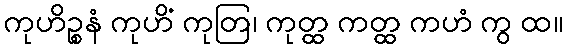
ကုဟိဉ္စနံ ကုဟိံ ကုတြ၊ ကုတ္ထ ကတ္ထ ကဟံ ကွ ထ။